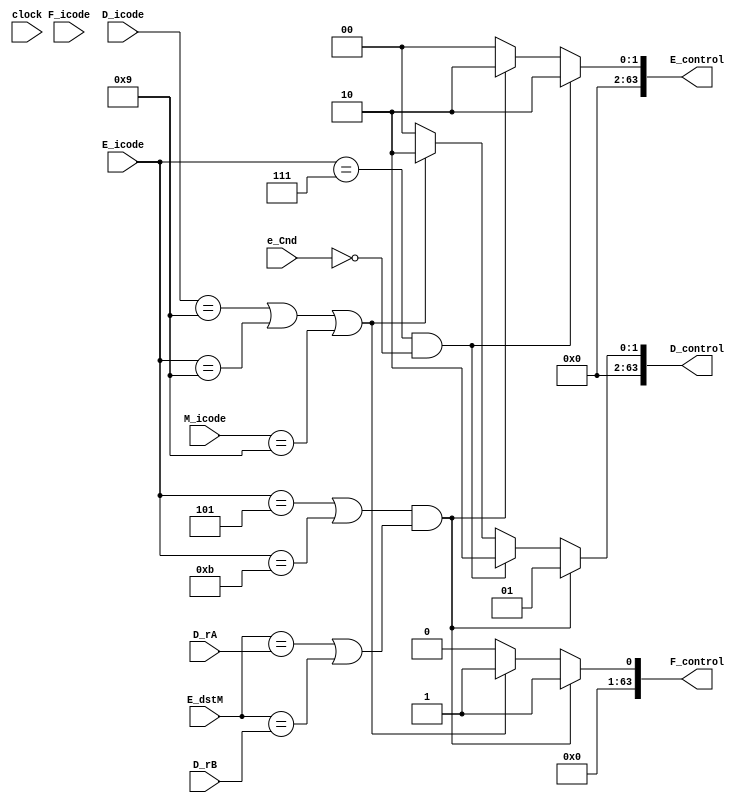
`timescale 1ns/10ps

module controlLogic(clock, F_icode, D_icode, E_icode, M_icode, E_dstM, e_Cnd, D_rA, D_rB,
 F_control, D_control, E_control); 
  // inputs
  input clock;
  input [3:0 ] F_icode;
  input [3:0 ] D_icode;
  input [3:0 ] E_icode;
  input [3:0 ] M_icode;
  input [3:0 ] E_dstM;
  input        e_Cnd;
  input [3:0 ] D_rA;
  input [3:0 ] D_rB;

  // outputs
  output reg [63:0] F_control;
  output reg [63:0] D_control;
  output reg [63:0] E_control;

  // icodes
  reg [3:0] codeHalt   = 4'b0000;// 0
  reg [3:0] codeNop    = 4'b0001;// 1
  reg [3:0] codeCmovXX = 4'b0010;// 2
  reg [3:0] codeIRmovq = 4'b0011;// 3
  reg [3:0] codeRMmovq = 4'b0100;// 4
  reg [3:0] codeMRmovq = 4'b0101;// 5
  reg [3:0] codeOPq    = 4'b0110;// 6
  reg [3:0] codeJXX    = 4'b0111;// 7
  reg [3:0] codeCall   = 4'b1000;// 8
  reg [3:0] codeRet    = 4'b1001;// 9
  reg [3:0] codePushq  = 4'b1010;// A
  reg [3:0] codePopq   = 4'b1011;// B

  // 0 - normal
  // 1 - stall
  // 2 - bubble

  initial begin
    F_control = 0;
    D_control = 0;
    E_control = 0;
  end

  always@(*)begin

    // for fetch
    if ((E_icode == codeMRmovq | E_icode == codePopq) & (E_dstM == D_rA | E_dstM == D_rB)) begin
      F_control = 1; // load use hazard STALL
    end
    else if (D_icode == codeRet | E_icode == codeRet | M_icode == codeRet)begin
      F_control = 1; // return instruction STALL
    end
    else begin
      F_control = 0; // NORMAL
    end

    // for decode 
    if ((E_icode == codeMRmovq | E_icode == codePopq) & (E_dstM == D_rA | E_dstM == D_rB)) begin
      D_control = 1; // load use hazard STALL
    end
    else if (E_icode == codeJXX & e_Cnd == 0)begin
      D_control = 2; // mispredicted branch BUBBLE
    end
    else if (D_icode == codeRet | E_icode == codeRet | M_icode == codeRet)begin
      D_control = 2; // return instruction BUBBLE
    end
    else begin
      D_control = 0; // NORMAL
    end

    // for execute
    if (E_icode == codeJXX & e_Cnd == 0)begin
      E_control = 2; // BUBBLE
    end
    else if ((E_icode == codeMRmovq | E_icode == codePopq) & (E_dstM == D_rA | E_dstM == D_rB)) begin
      E_control = 2; // BUBBLE
    end
    else begin
      E_control = 0;
    end

  end

  


endmodule